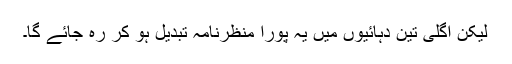
لیکن اگلی تین دہائیوں میں یہ پورا منظرنامہ تبدیل ہو کر رہ جائے گا۔